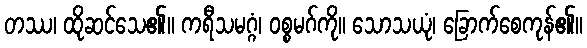
တဿ၊ ထိုဆင်သေ၏။ ကရီသမဂ္ဂံ၊ ဝစ္စမဂ်ကို။ သောသယုံ၊ ခြောက်စေကုန်၏။